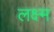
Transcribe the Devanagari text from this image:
लक्ष्म